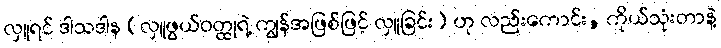
လှူရင် ဒါသဒါန (လှူဖွယ်ဝတ္ထုရဲ့ ကျွန်အဖြစ်ဖြင့် လှူခြင်း) ဟု လည်းကောင်း, ကိုယ်သုံးတာနဲ့